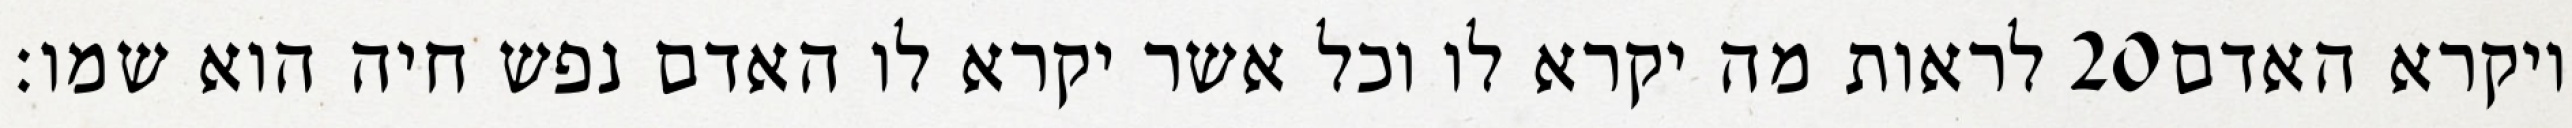
לראות מה יקרא לו וכל אשר יקרא לו האדם נפש חיה הוא שמו׃ ‎20‏ ויקרא האדם